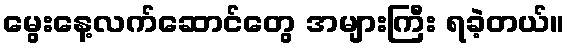
မွေးနေ့လက်ဆောင်တွေ အများကြီး ရခဲ့တယ်။